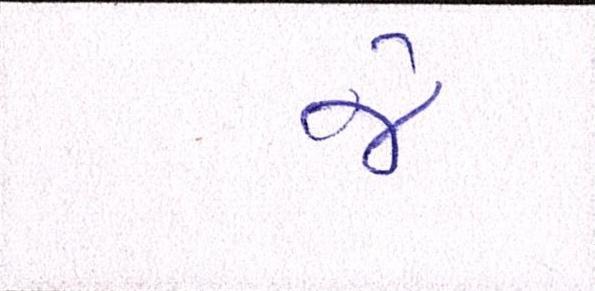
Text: જે